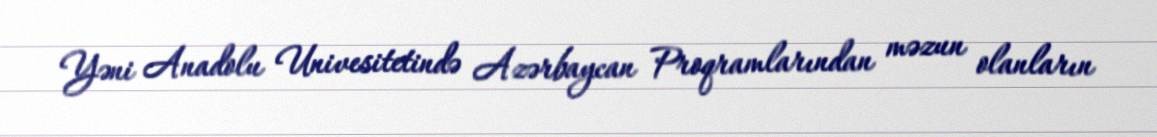
Yəni Anadolu Univesitetində Azərbaycan Proqramlarından məzun olanların